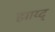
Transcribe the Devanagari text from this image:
झाय्द्